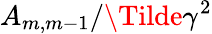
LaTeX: A_{m,m-1}/\Tilde{\gamma}^{2}